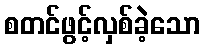
စတင်ဖွင့်လှစ်ခဲ့သော